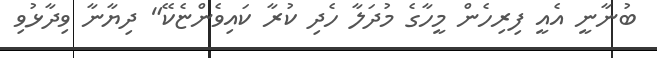
ބުނާނީ އެއީ ފިރިހެން މީހާގެ މުދަލާ ހެދި ކުރާ ކައިވެންޏެކޭ" ދިޔާނާ ވިދާޅުވި